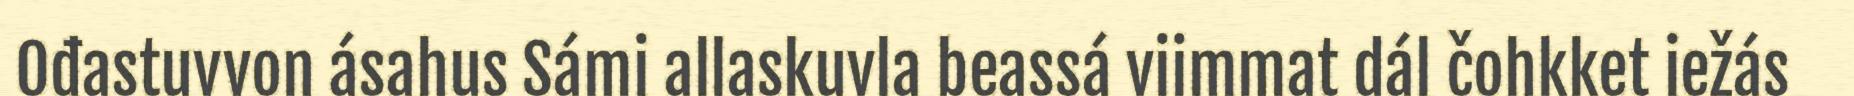
Ođastuvvon ásahus Sámi allaskuvla beassá viimmat dál čohkket iežás